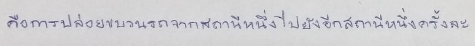
คือการปล่อยขบวนรถจากสถานีหนึ่งไปยังอีกสถานีหนึ่งครั้งละ